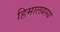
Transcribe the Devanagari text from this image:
हिमालयस्य